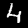
Digit: 4